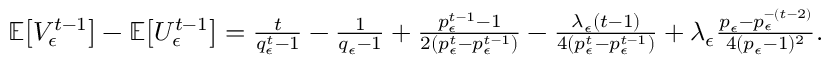
\begin{array} { r } { \mathbb { E } \big [ V _ { \epsilon } ^ { t - 1 } \big ] - \mathbb { E } \big [ U _ { \epsilon } ^ { t - 1 } \big ] = \frac { t } { q _ { \epsilon } ^ { t } - 1 } - \frac { 1 } { q _ { \epsilon } - 1 } + \frac { p _ { \epsilon } ^ { t - 1 } - 1 } { 2 ( p _ { \epsilon } ^ { t } - p _ { \epsilon } ^ { t - 1 } ) } - \frac { \lambda _ { \epsilon } ( t - 1 ) } { 4 ( p _ { \epsilon } ^ { t } - p _ { \epsilon } ^ { t - 1 } ) } + \lambda _ { \epsilon } \frac { p _ { \epsilon } - p _ { \epsilon } ^ { - ( t - 2 ) } } { 4 ( p _ { \epsilon } - 1 ) ^ { 2 } } . } \end{array}